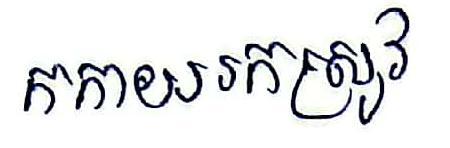
កកាយរកស្រូវ